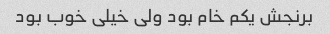
برنجش یکم خام بود ولی خیلی خوب بود